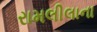
રામલીલાના